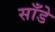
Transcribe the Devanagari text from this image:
साँडे